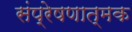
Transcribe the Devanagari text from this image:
संप्रेषणात्मक